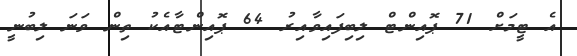
އެ ޓީމަށް 71 ޕޮއިންޓް ލިބިފައިވާއިރު 64 ޕޮއިންޓާއެކު ތިން ވަނަ ލިބުނީ